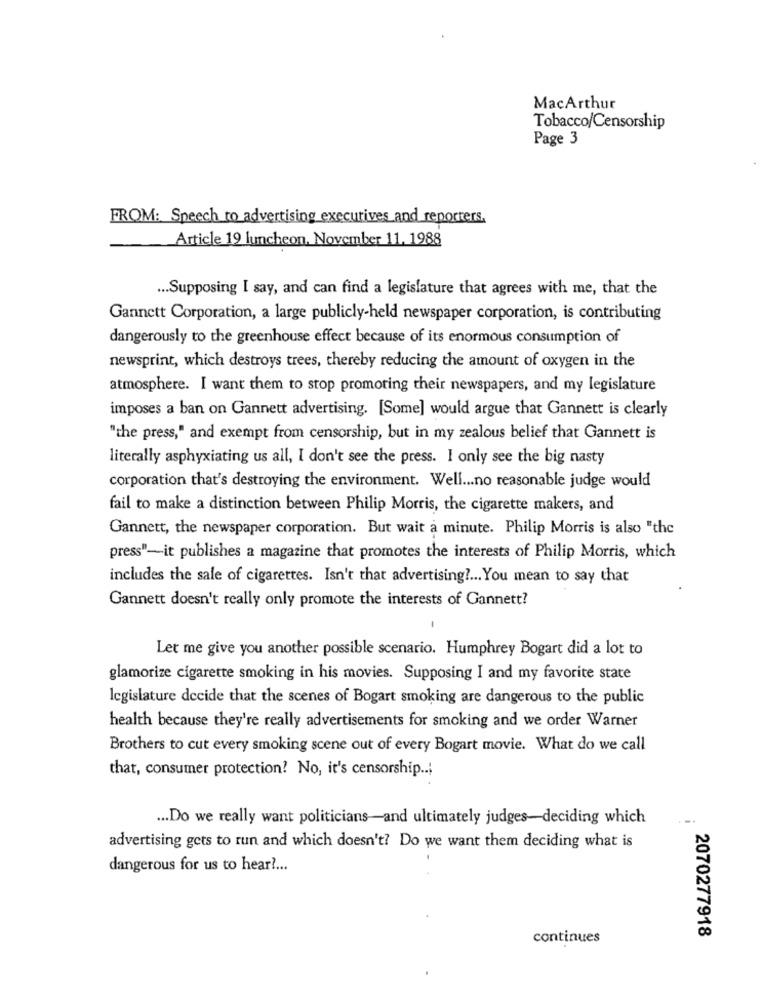
MacArthur
Tobacco/Censorship
Page 3
FROM: Speech to advertising executives and reporters.
Article 19 luncheon. November 11. 1988
... Supposing I say, and can find a legislature that agrees with me, that the
Gannett Corporation, a large publicly-held newspaper corporation, is contributing
dangerously to the greenhouse effect because of its enormous consumption of
newsprint, which destroys trees, thereby reducing the amount of oxygen in the
atmosphere. I want them to stop promoting their newspapers, and my legislature
imposes a ban on Gannett advertising. [Some] would argue that Gannett is clearly
"the press," and exempt from censorship, but in my zealous belief that Gannett is
literally asphyxiating us all, I don't see the press. I only see the big nasty
corporation that's destroying the environment. Well ... no reasonable judge would
fail to make a distinction between Philip Morris, the cigarette makers, and
Gannett, the newspaper corporation. But wait a minute. Philip Morris is also "the
press"-it publishes a magazine that promotes the interests of Philip Morris, which
includes the sale of cigarettes. Isn't that advertising ?... You mean to say that
Gannett doesn't really only promote the interests of Gannett?
Let me give you another possible scenario. Humphrey Bogart did a lot to
glamorize cigarette smoking in his movies. Supposing I and my favorite state
legislature decide that the scenes of Bogart smoking are dangerous to the public
health because they're really advertisements for smoking and we order Warner
Brothers to cut every smoking scene out of every Bogart movie. What do we call
that, consumer protection? No, it's censorship ..;
... Do we really want politicians-and ultimately judges-deciding which
advertising gets to run and which doesn't? Do we want them deciding what is
dangerous for us to hear ?...
2070277918
continues